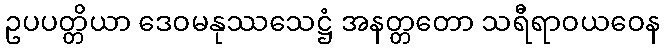
ဥပပတ္တိယာ ဒေဝမနုဿသေဋ္ဌံ အနတ္တတော သရီရာဝယဝေန